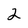
Character: 2